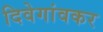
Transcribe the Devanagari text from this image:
दिवेगांवकर